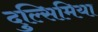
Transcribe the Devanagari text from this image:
दुल्सिमिया